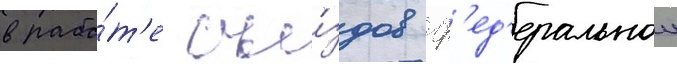
в рабо́т'е съе́здов ф'ед'еральнои